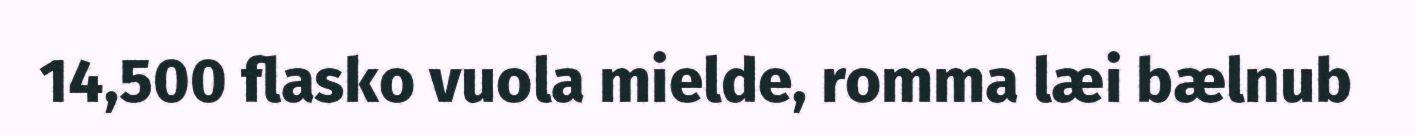
14,500 flasko vuola mielde, romma læi bælnub